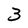
Character: 3